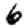
Digit: 6